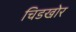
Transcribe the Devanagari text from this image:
चिडखोर